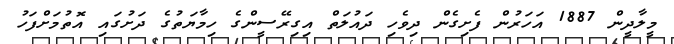
މީލާދީން 1887 އަހަރުން ފެށިގެން ދިވެހި ދައުލަތް އިގިރޭސީންގެ ހިމާޔަތުގެ ދަށުގައި އޮތުމަށްފަހު